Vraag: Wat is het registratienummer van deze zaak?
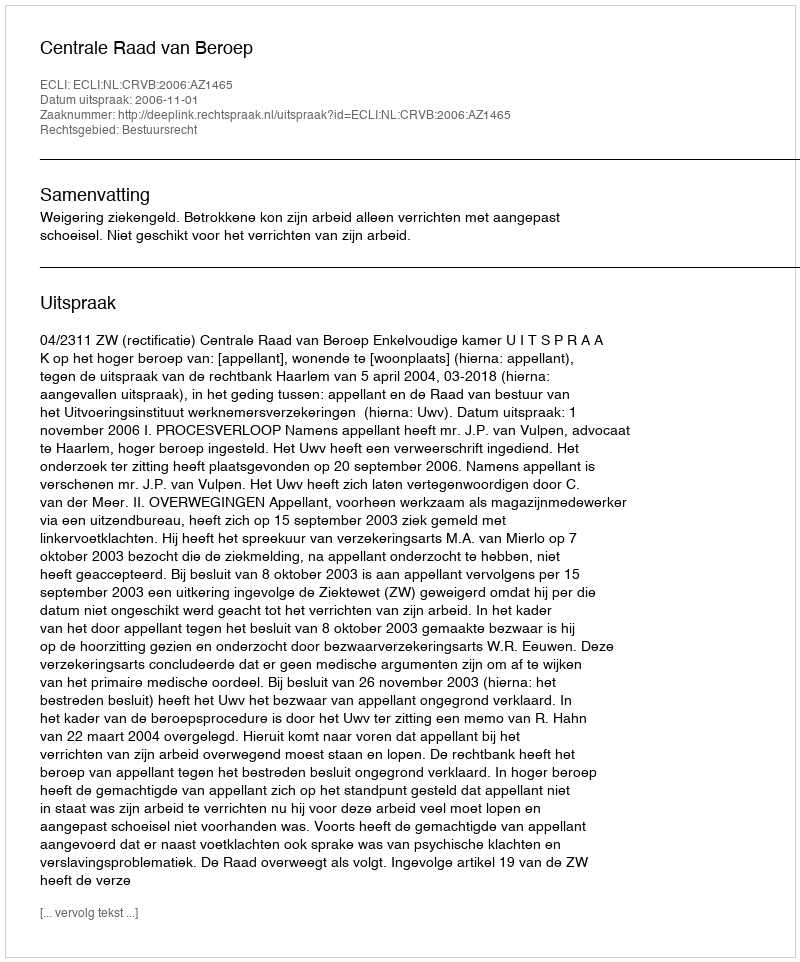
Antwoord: http://deeplink.rechtspraak.nl/uitspraak?id=ECLI:NL:CRVB:2006:AZ1465